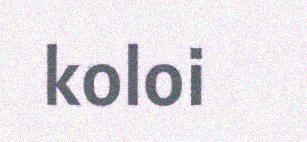
koloi